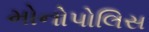
મોનોપોલિસ